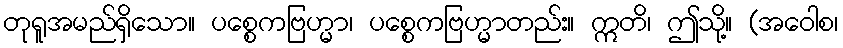
တုရူအမည်ရှိသော။ ပစ္စေကဗြဟ္မာ၊ ပစ္စေကဗြဟ္မာတည်း။ ဣတိ၊ ဤသို့။ (အဝေါစ၊